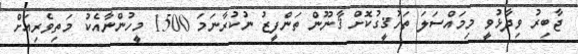
ޖާބިރު ވިދާޅުވީ މިމައްސަލަ ތަހުޤީގުކޮށް ޤާނޫން ތަންފީޒު ނުކުރާނަމަ 1500 މީހުންނާއެކު މަތިވެރިއަށް